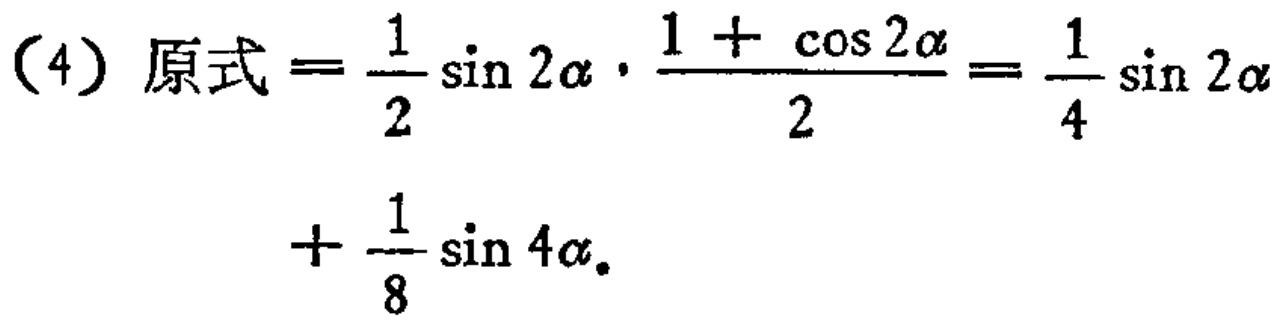
（4）原式\(=\frac{1}{2}\sin 2\alpha\cdot\frac{1 + \cos 2\alpha}{2}=\frac{1}{4}\sin 2\alpha+\frac{1}{8}\sin 4\alpha\)